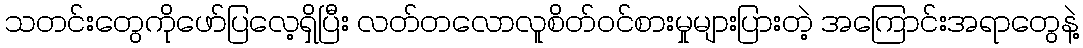
သတင်းတွေကိုဖော်ပြလေ့ရှိပြီး လတ်တလောလူစိတ်ဝင်စားမှုများပြားတဲ့ အကြောင်းအရာတွေနဲ့